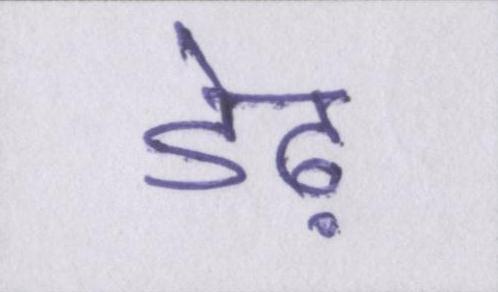
डेढ़